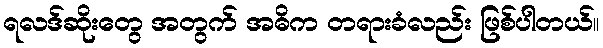
ရလဒ်ဆိုးတွေ အတွက် အဓိက တရားခံလည်း ဖြစ်ပါတယ်။